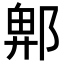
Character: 𮠁